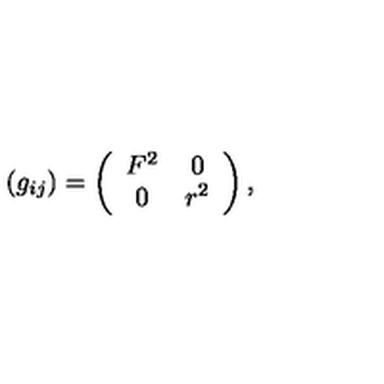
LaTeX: ( g _ { i j } ) = \left( \begin{array} { c c } { F ^ { 2 } } & { 0 } \\ { 0 } & { r ^ { 2 } } \\ \end{array} \right) ,